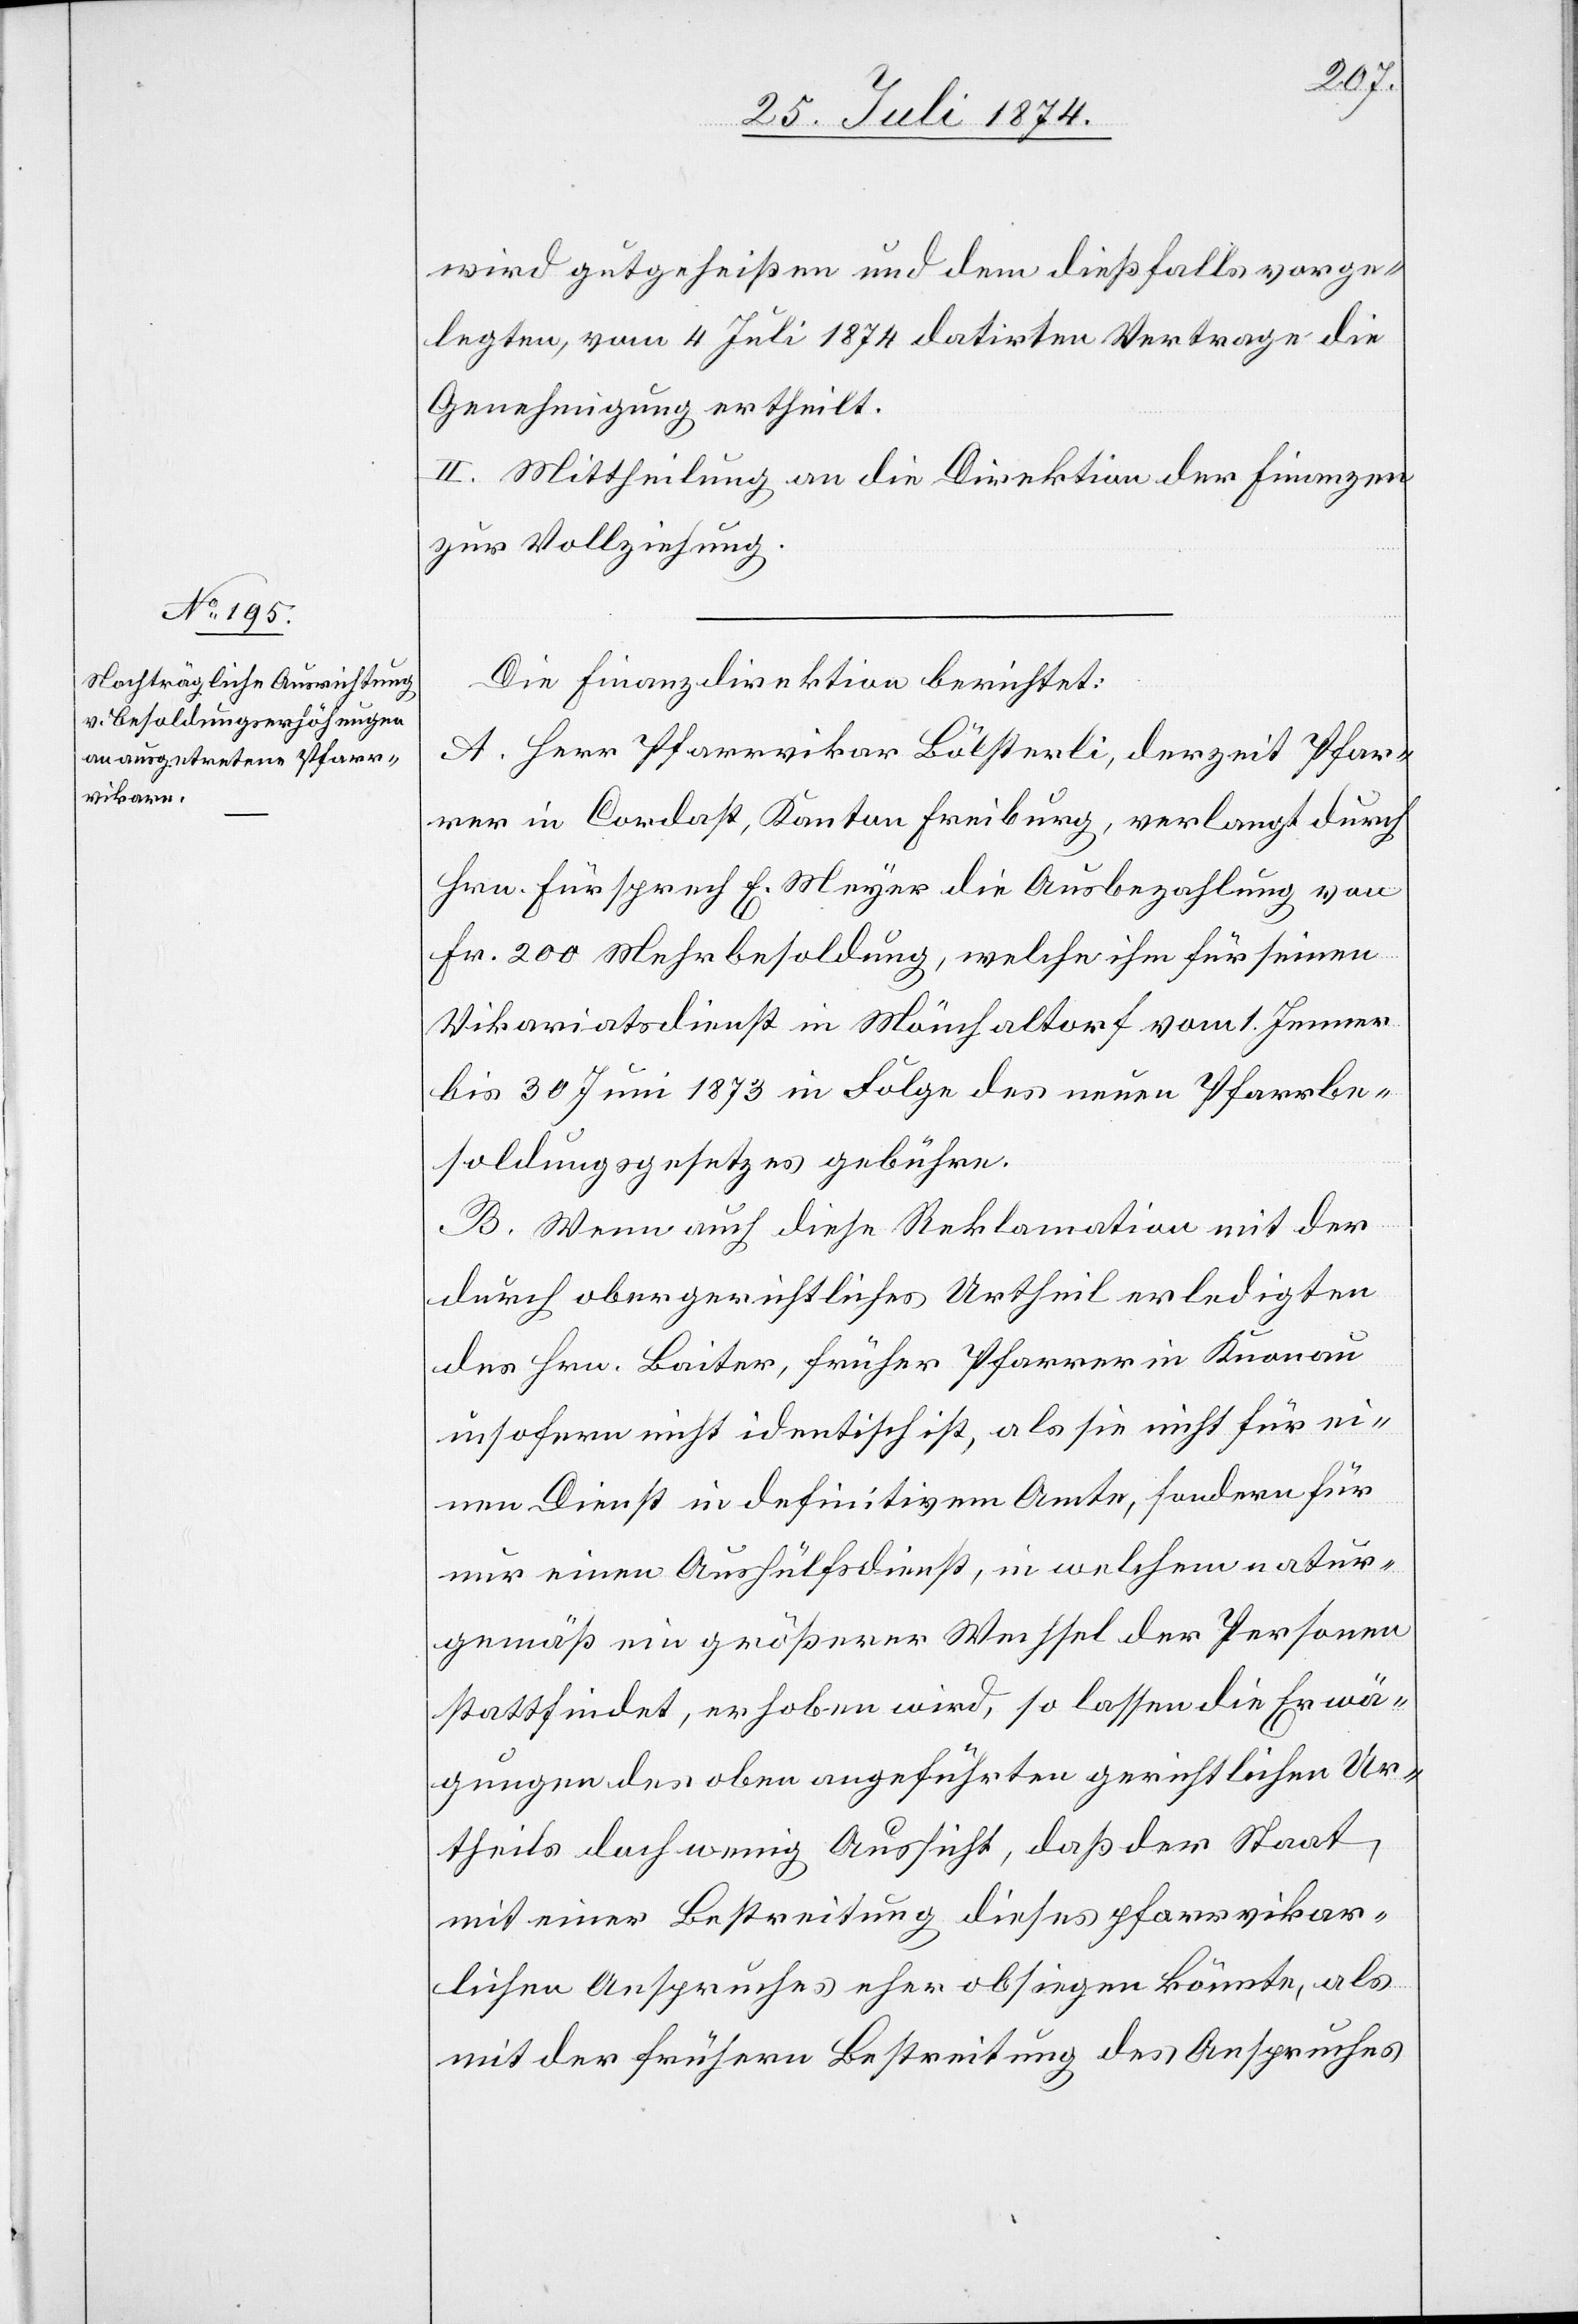
wird gutgeheißen und dem dießfalls vorge¬
legten, vom 4. Juli 1874 datirten Vertrage die
Genehmigung ertheilt.
II. Mittheilung an die Direktion der Finanzen
zur Vollziehung.
Die Finanzdirektion berichtet:
A. Herr Pfarrvikar Bälsterli, derzeit Pfar¬
rer in Cordast, Kanton Freiburg, verlangt durch
Hrn. Fürsprech E. Meyer die Ausbezahlung von
Fr. 200 Mehrbesoldung, welche ihm für seinen
Vikariatsdienst in Mönchaltorf vom 1. Jenner
bis 30. Juni 1873 in Folge des neuen Pfarrbe¬
soldungsgesetzes gebühre.
B. Wenn auch diese Reklamation mit der
durch obergerichtliches Urtheil erledigten
des Hrn. Baiter, früher Pfarrer in Knonau
insofern nicht identisch ist, als sie nicht für ei¬
nen Dienst in definitivem Amte, sondern für
nur einen Aushülfsdienst, in welchem natur¬
gemäß ein größerer Wechsel der Personen
stattfindet, erhoben wird, so lassen die Erwä¬
gungen des oben angeführten gerichtlichen Ur¬
theils doch wenig Aussicht, daß der Staat,
mit einer Bestreitung dieses pfarrvikar¬
lichen Anspruches eher obsiegen könnte, als
mit der frühern Bestreitung des Anspruches